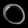
Digit: ၀